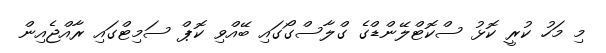
މި މަހު ކުރީ ކޮޅު ސްކޮޓްލޭންޑްގެ ގްލާސްގޯގައި ބޭއްވި ކޮޕް ސަމިޓްގައި ރާއްޖެއިން